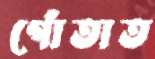
গোঁতাত